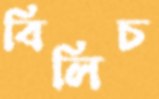
বিলিচ